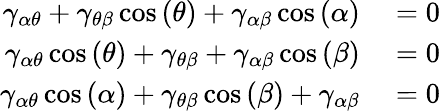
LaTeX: \begin{array}{rl}{\gamma_{\alpha\theta}+\gamma_{\theta\beta}\cos\left(\theta\right)+\gamma_{\alpha\beta}\cos\left(\alpha\right)}&{{}=0}\\ {\gamma_{\alpha\theta}\cos\left(\theta\right)+\gamma_{\theta\beta}+\gamma_{\alpha\beta}\cos\left(\beta\right)}&{{}=0}\\ {\gamma_{\alpha\theta}\cos\left(\alpha\right)+\gamma_{\theta\beta}\cos\left(\beta\right)+\gamma_{\alpha\beta}}&{{}=0}\end{array}